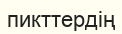
пикттердің